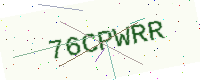
Text: 76CPWRR